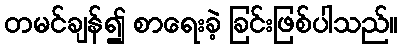
တမင်ချန်၍ စာရေးခဲ့ ခြင်းဖြစ်ပါသည်။